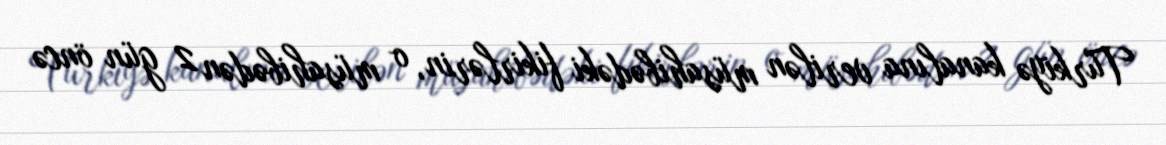
Türkiyə kanalına verilən müsahibədəki fikirlərin, o müsahibədən 2 gün öncə